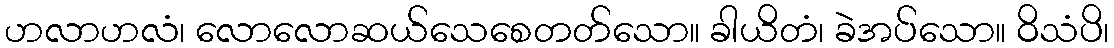
ဟလာဟလံ၊ လောလောဆယ်သေစေတတ်သော။ ခါယိတံ၊ ခဲအပ်သော။ ဝိသံပိ၊